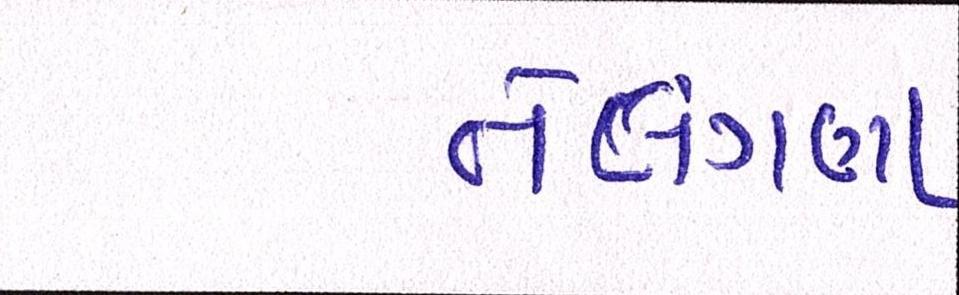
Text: તેલંગણા